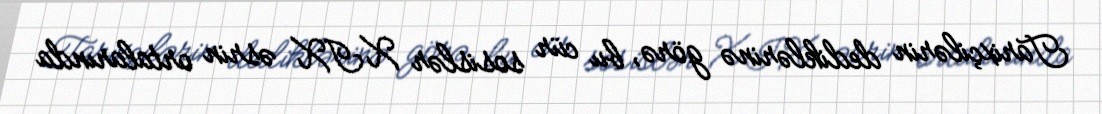
Tarixçilərin dediklərinə görə, bu cür sosislər XIX əsrin ortalarında